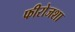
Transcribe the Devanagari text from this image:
फीरोजशा